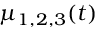
\mu _ { 1 , 2 , 3 } ( t )